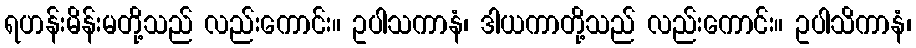
ရဟန်းမိန်းမတို့သည် လည်းကောင်း။ ဥပါသကာနံ၊ ဒါယကာတို့သည် လည်းကောင်း။ ဥပါသိကာနံ၊